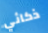
ذكائي